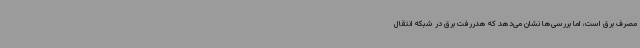
مصرف برق است، اما بررسی‌ها نشان می‌دهد که هدررفت برق در شبکه انتقال